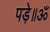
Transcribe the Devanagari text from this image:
पड़े॥ॐ